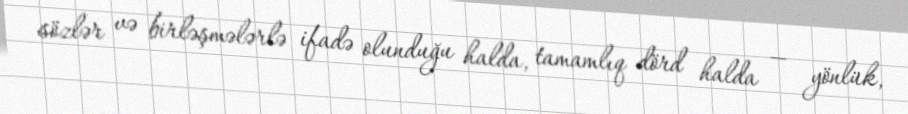
sözlər və birləşmələrlə ifadə olunduğu halda, tamamlıq dörd halda — yönlük,